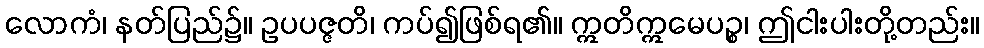
လောကံ၊ နတ်ပြည်၌။ ဥပပဇ္ဇတိ၊ ကပ်၍ဖြစ်ရ၏။ ဣတိဣမေပဉ္စ၊ ဤငါးပါးတို့တည်း။